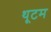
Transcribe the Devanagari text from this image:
थूटम